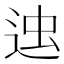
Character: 𨒷